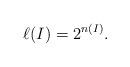
LaTeX: \begin{align*} \ell(I) = 2^{n(I)}.\end{align*}